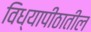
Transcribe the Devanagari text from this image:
विध्यापीठातील